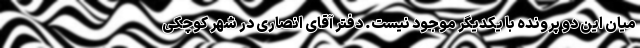
میان این دو پرونده با یکدیگر موجود نیست. دفتر آقای انصاری در شهر کوچکی